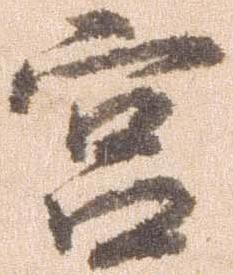
宮